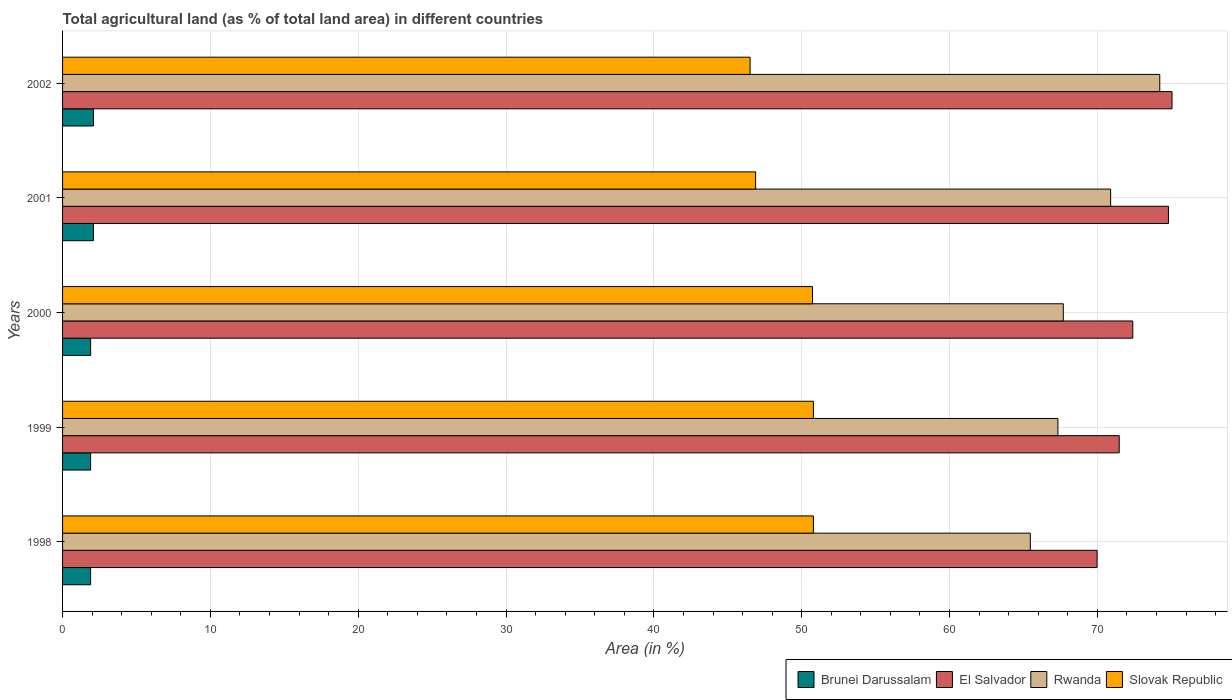
| Years | Brunei Darussalam | El Salvador | Rwanda | Slovak Republic |
 | --- | --- | --- | --- | --- |
 | 1998 | 1.9 | 70 | 65.5 | 50.8 |
 | 1999 | 1.9 | 71.5 | 67.3 | 50.8 |
 | 2000 | 1.9 | 72.4 | 67.7 | 50.7 |
 | 2001 | 2.09 | 74.8 | 70.9 | 46.9 |
 | 2002 | 2.09 | 75 | 74.2 | 46.5 |